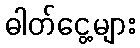
ဓါတ်ငွေ့များ